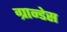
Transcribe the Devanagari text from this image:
ग्रान्डेस